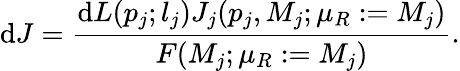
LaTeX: \mathrm{d}J=\frac{{\mathrm{d}L(p_{j};l_{j})J_{j}(p_{j},M_{j};\mu_{R}:=M_{j})}}{{F(M_{j};\mu_{R}:=M_{j})}}.